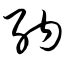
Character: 纳